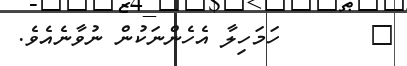
٧       ހަމަހިލާ އެހެންނަކުން ނުވާނެއެވެ.